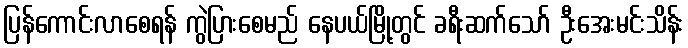
ပြန်ကောင်းလာစေရန် ကွဲပြားစေမည် နေပယ်မြို့တွင် ခရီးဆက်သော် ဦးအေးမင်းသိန်း